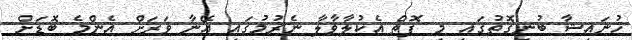
ހުނައިޝާ ބުނިގޮތުގައި މި ފޮތް އެކުލާވާލާ ނެރުމުގައި އޭނާ ވަރަށް އެންމެ ބޮޑަށް